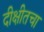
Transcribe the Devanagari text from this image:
दीक्षीतचा